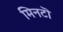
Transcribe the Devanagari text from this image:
मिनटॊ